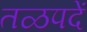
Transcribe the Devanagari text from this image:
तळपदें